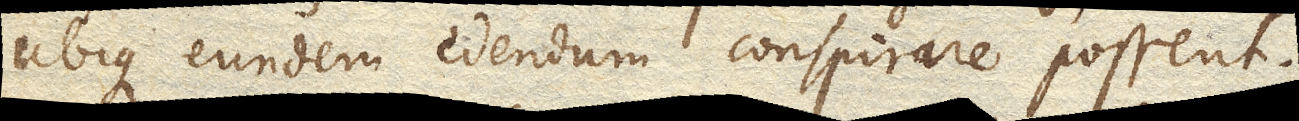
ubique eundem edendum conspirare possent.